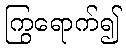
ကြွရောက်၍